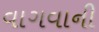
વાગવાની